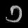
Digit: ၁